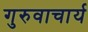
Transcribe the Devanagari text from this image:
गुरुवाचार्य